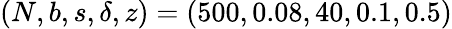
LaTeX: (N,b,s,\delta,z)=(500,0.08,40,0.1,0.5)